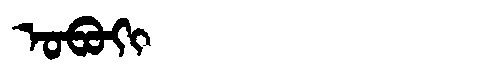
Manchu: ᠣᠪᠣᡴᡳ
Romanization: OBOKI